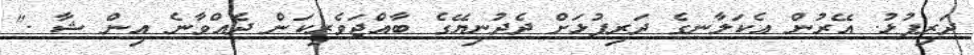
ދަރިފުޅު. އޭރުން އެކަލާނގެ ދަރިފުޅަށް ދެދުނިޔޭގެ ބާއްޖަވެރިކަން ދެއްވާނެ އިން ޝާ ."